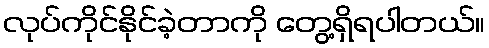
လုပ်ကိုင်နိုင်ခဲ့တာကို တွေ့ရှိရပါတယ်။